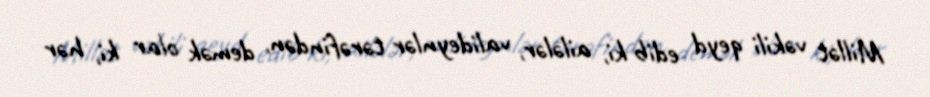
Millət vəkili qeyd edib ki, ailələr, valideynlər tərəfindən, demək olar ki, hər